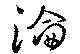
淪